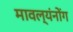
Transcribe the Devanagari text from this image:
मावल्यंनोंग